Vaccination Hyderabad 1872-1889 - 1872-1889
Year: 1872
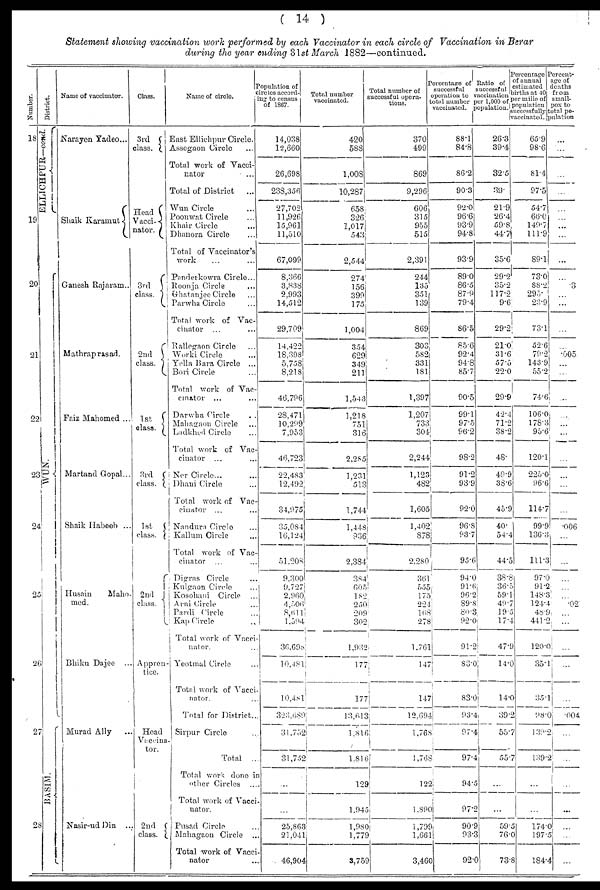
( 14 )
Statement showing vaccination work performed by each Vaccinator in each circle of Vaccination in Berar
during the year ending 31st March 1882—continued.
Number.
18
19
20
21
22
23
24
25
26
27
28
District.
ELLICHPUR—cond.
WUN.
BASIM.
Name of vaccinator.
Narayen Yadeo...
Shaik Karamut
Ganesh Rajaram..
Mathraprasad.
Faiz Mahomed ...
Martand Gopal...
Shaik Habeeb ...
Husain
Maho¬
med.
Bhiku Dajee ...
Murad Ally
...
Nasir-ud Din ...
Class.
3rd
class.
Head
Vacci¬
nator.
3rd
class.
2nd
class.
1st
class.
3rd
class.
1st
class.
2nd
class.
Appren-
tice.
Head
Vaccina¬
tor.
2nd
class.
Name of circle.
East Ellichpur Circle.
Assegaon Circle ...
Total work of Vacci-
nator ...
Total of District ...
Wun Circle ...
Poonwat Circle ...
Khair Circle ...
Dhanora Circle ...
Total of Vaccinator's
work ... ...
Panderkowra Circle...
Roonja Circle ...
Ghatanjee Circle ...
Parwha Circle ...
Total work of Vac-
cinator ... ...
Rallegaon Circle ...
Worki Circle ...
Yella Bara Circle ...
Bori Circle ...
Total work of Vac-
cinator ... ...
Darwha Circle ...
Mahagaon Circle ...
Ladkhed Circle ...
Total work of Vac-
cinator ...
Ner Circle... ...
Dhani Circle ...
Total work of Vac-
cinator ... ...
Nandura Circle ...
Kallum Circle ...
Total work of Vac-
cinator ... ...
Digras Circle ...
Kulgaon Circle ...
Kosohani Circle ...
Arni Circle ...
Pardi Circle ...
Kap Circle ...
Total work of Vacci-
nator. ...
Yeotmal Circle ...
Total work of Vacci-
nator.
Total for District...
Sirpur Circle ...
Total ...
Total work done in
other Circles ...
Total work of Vacci¬
nator.
Pusad Circle ...
Mahagaon Circle ...
Total work of Vacci¬
nator ...
Population of
circles accord¬
ing to census
of 1867.
14,038
12,660
26,698
238,356
27,702
11,926
15,961
11,510
67,099
8,366
3,838
2,993
14,512
29,709
14,422
18,398
5,758
8,218
46,796
28,471
10,299
7,953
46,723
22,483
12,492
34,975
35,084
16,124
51,208
9,300
9,727
2,960
4,506
8,611
1,594
36,698
10,481
10,481
323,689
31,752
31,752
...
...
25,863
21,041
46,904
Total number
vaccinated.
420
588
1,008
10,287
658
326
1,017
543
2,544
274
156
399
175
1,004
354
629
349
211
1,543
1,218
751
316
2,285
1,231
513
1,744
1,448
936
2,384
384
605
182
250
209
302
1,932
177
177
13,613
1,816
1,816
129
1,945
1,980
1,779
3,759
Total number of
successful opera¬
tions.
370
499
869
9,296
606
315
955
515
2,391
244
135
351
139
869
303
582
331
181
1,397
1,207
733
304
2,244
1,123
482
1,605
1,402
878
2,280
361
555
175
224
168
278
1,761
147
147
12,694
1,768
1,768
122
1,890
1,799
1,661
3,460
Percentage of
successful
operation to
total number
vaccinated.
88.1
84.8
86.2
90.3
92.0
96.6
93.9
94.8
93.9
89.0
86.5
87.9
79.4
86.5
85.6
92.4
94.8
85.7
90.5
99.1
97.5
96.2
98.2
91.2
93.9
92.0
96.8
93.7
95.6
94.0
91.6
96.2
89.8
80.3
92.0
91.2
83.0
83.0
93.4
97.4
97.4
94.5
97.2
90.9
93.3
92.0
Ratio of
successful
vaccination
per 1,000 of
population.
26.3
39.4
32.5
39.
21.9
26.4
59.8
44.7
35.6
29.2
35.2
117.2
9.6
29.2
21.0
31.6
57.5
22.0
29.9
42.4
71.2
38.2
48.
49.9
38.6
45.9
40.
54.4
44.5
38.8
36.5
59.1
49.7
19.5
17.4
47.9
14.0
14.0
39.2
55.7
55.7
...
...
59.5
76.0
73.8
Percentage
of annual
estimated
births at 40
per mille of
population
successfully
vaccinated.
65.9
98.6
81.4
97.5
54.7
66.0
149.7
111.9
89.1
73.0
88.2
295.
23.9
73.1
52.6
79.2
143.9
55.2
74.6
106.0
178.3
95.6
120.1
225.0
96.6
114.7
99.9
136.3
111.3
97.0
91.2
148.3
124.4
48.9
441.2
120.0
35.1
35.1
98.0
139.2
139.2
...
...
174.0
197.5
184.4
Percent¬
age of
deaths
from
small¬
pox to
total po¬
pulation.
...
...
...
...
...
...
...
...
...
...
.3
...
...
...
...
.005
...
...
...
...
...
...
...
...
...
...
.006
...
...
...
...
...
.02
...
...
...
...
...
.004
...
...
...
...
...
...
...